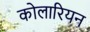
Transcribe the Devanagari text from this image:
कोलारियन